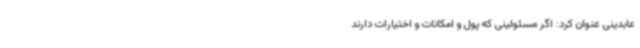
عابدینی عنوان کرد: اگر مسئولینی که پول و امکانات و اختیارات دارند